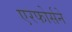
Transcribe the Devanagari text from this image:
एरफोर्सने